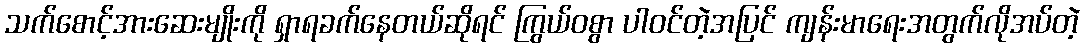
သက်စောင့်အားဆေးမျိုးကို ရှာရခက်နေတယ်ဆိုရင် ကြွယ်ဝစွာ ပါဝင်တဲ့အပြင် ကျန်းမာရေးအတွက်လိုအပ်တဲ့